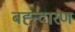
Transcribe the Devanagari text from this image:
बह्न्दारण